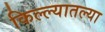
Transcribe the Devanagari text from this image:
किल्ल्यातल्या